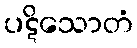
ပဋိသောတံ